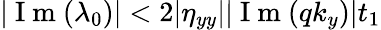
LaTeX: |\mathrm{~I~m~}(\lambda_{0})|<2|\eta_{yy}||\mathrm{~I~m~}(qk_{y})|t_{1}